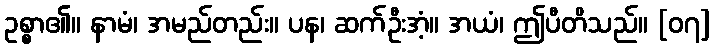
ဥစ္စာ၏။ နာမံ၊ အမည်တည်း။ ပန၊ ဆက်ဦးအံ့။ အယံ၊ ဤပီတိသည်။ [၀၇]